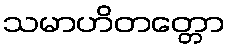
သမာဟိတတ္တော